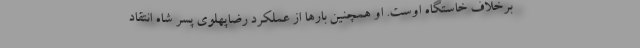
برخلاف خاستگاه اوست. او همچنين بارها از عملكرد رضاپهلوي پسر شاه انتقاد